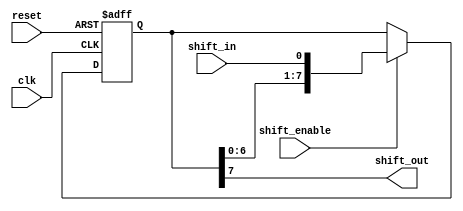
module parallel_in_serial_out_reg (
    input clk,
    input reset,
    input shift_in,
    input shift_enable,
    output reg shift_out
);

reg [7:0] register;

always @(posedge clk or posedge reset) begin
    if (reset) begin
        register <= 8'b0;
    end else if (shift_enable) begin
        register <= {register[6:0], shift_in};
    end
end

assign shift_out = register[7];

endmodule